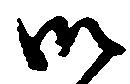
御